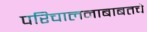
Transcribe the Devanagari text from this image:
परिचालनाबाबतचे